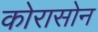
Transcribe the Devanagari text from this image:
कोरासोन